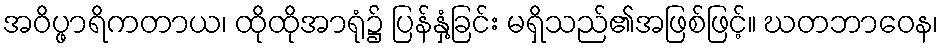
အဝိပ္ဖာရိကတာယ၊ ထိုထိုအာရုံ၌ ပြန်နှံ့ခြင်း မရှိသည်၏အဖြစ်ဖြင့်။ ဃတဘာဝေန၊